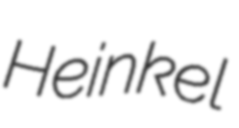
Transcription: Heinkel